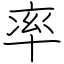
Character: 率